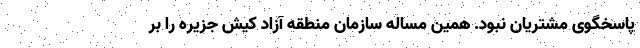
پاسخگوی مشتریان نبود. همین مساله سازمان منطقه آزاد کیش جزیره را بر